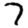
Digit: 7